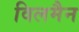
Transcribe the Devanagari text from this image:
विलमैन